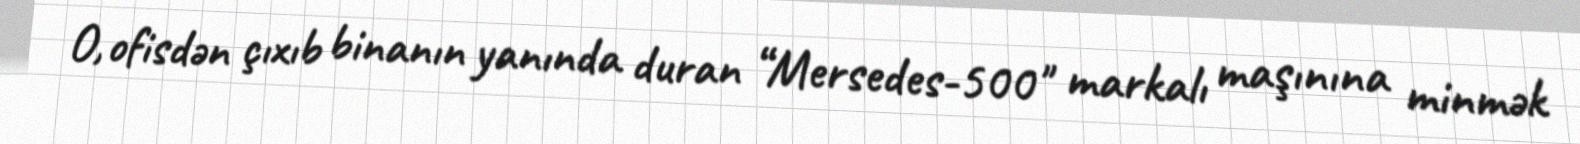
O, ofisdən çıxıb binanın yanında duran “Mersedes-500" markalı maşınına minmək